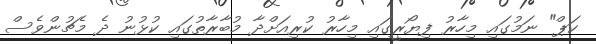
ކަޕް" ނަމުގައި މިހާރު ފިޔޯރީގައި މިހާރު ކުރިއަށްދާ މުބާރާތުގައި ކުޅުނު ދެ މެޗުންވެސް